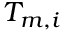
T _ { m , i }